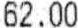
62.00